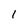
Character: 1